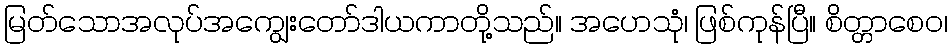
မြတ်သောအလုပ်အကျွေးတော်ဒါယကာတို့သည်။ အဟေသုံ၊ ဖြစ်ကုန်ပြီ။ စိတ္တာစေဝ၊